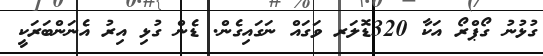
ގުޅުނު ގޯޕްރޯ އަކާ 320ޑޮލަރ ވަގައް ނަގައިގެން. ޑެން ގުޅި އިރު އެނަންބަރަކީ